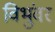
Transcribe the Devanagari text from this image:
विभुंवर